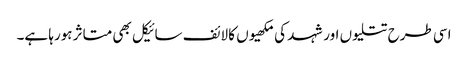
اسی طرح تتلیوں اور شہد کی مکھیوں کا لائف سائیکل بھی متاثر ہورہا ہے۔